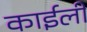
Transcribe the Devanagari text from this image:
काईली